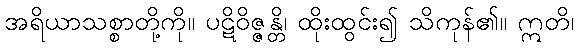
အရိယာသစ္စာတို့ကို။ ပဋိဝိဇ္ဇန္တိ၊ ထိုးထွင်း၍ သိကုန်၏။ ဣတိ၊